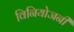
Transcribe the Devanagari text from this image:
विनियोजनी